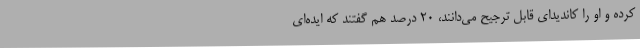
کرده و او را کاندیدای قابل ترجیح می‌دانند، 20 درصد هم گفتند که ایده‌ای